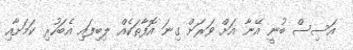
އަސިސް ބުނީ އޭނާ އަށް ވަރަށް ގިނަ އޮފާތަކެއް ލިބިފައި އެބަހުރި ކަމަށާއި